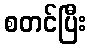
စတင်ပြီး